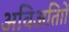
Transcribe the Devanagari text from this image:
अविअतािों